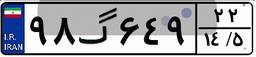
۹۸گ۶۴۹۲۲